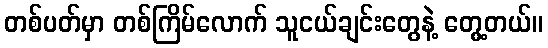
တစ်ပတ်မှာ တစ်ကြိမ်လောက် သူငယ်ချင်းတွေနဲ့ တွေ့တယ်။